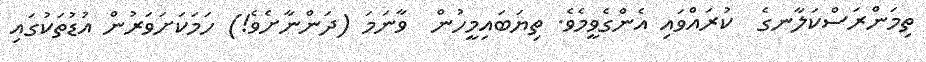
ތިމަންރަސްކަލާނގެ  ކުރައްވައި އެންގެވީމެވެ. ތިޔަބައިމީހުން  ވާނަމަ (ދަންނާށެވެ!) ހަމަކަށަވަރުން އުޑުތަކުގައި